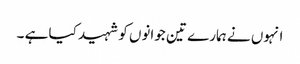
انہوں نے ہمارے تین جوانوں کو شہید کیا ہے ۔